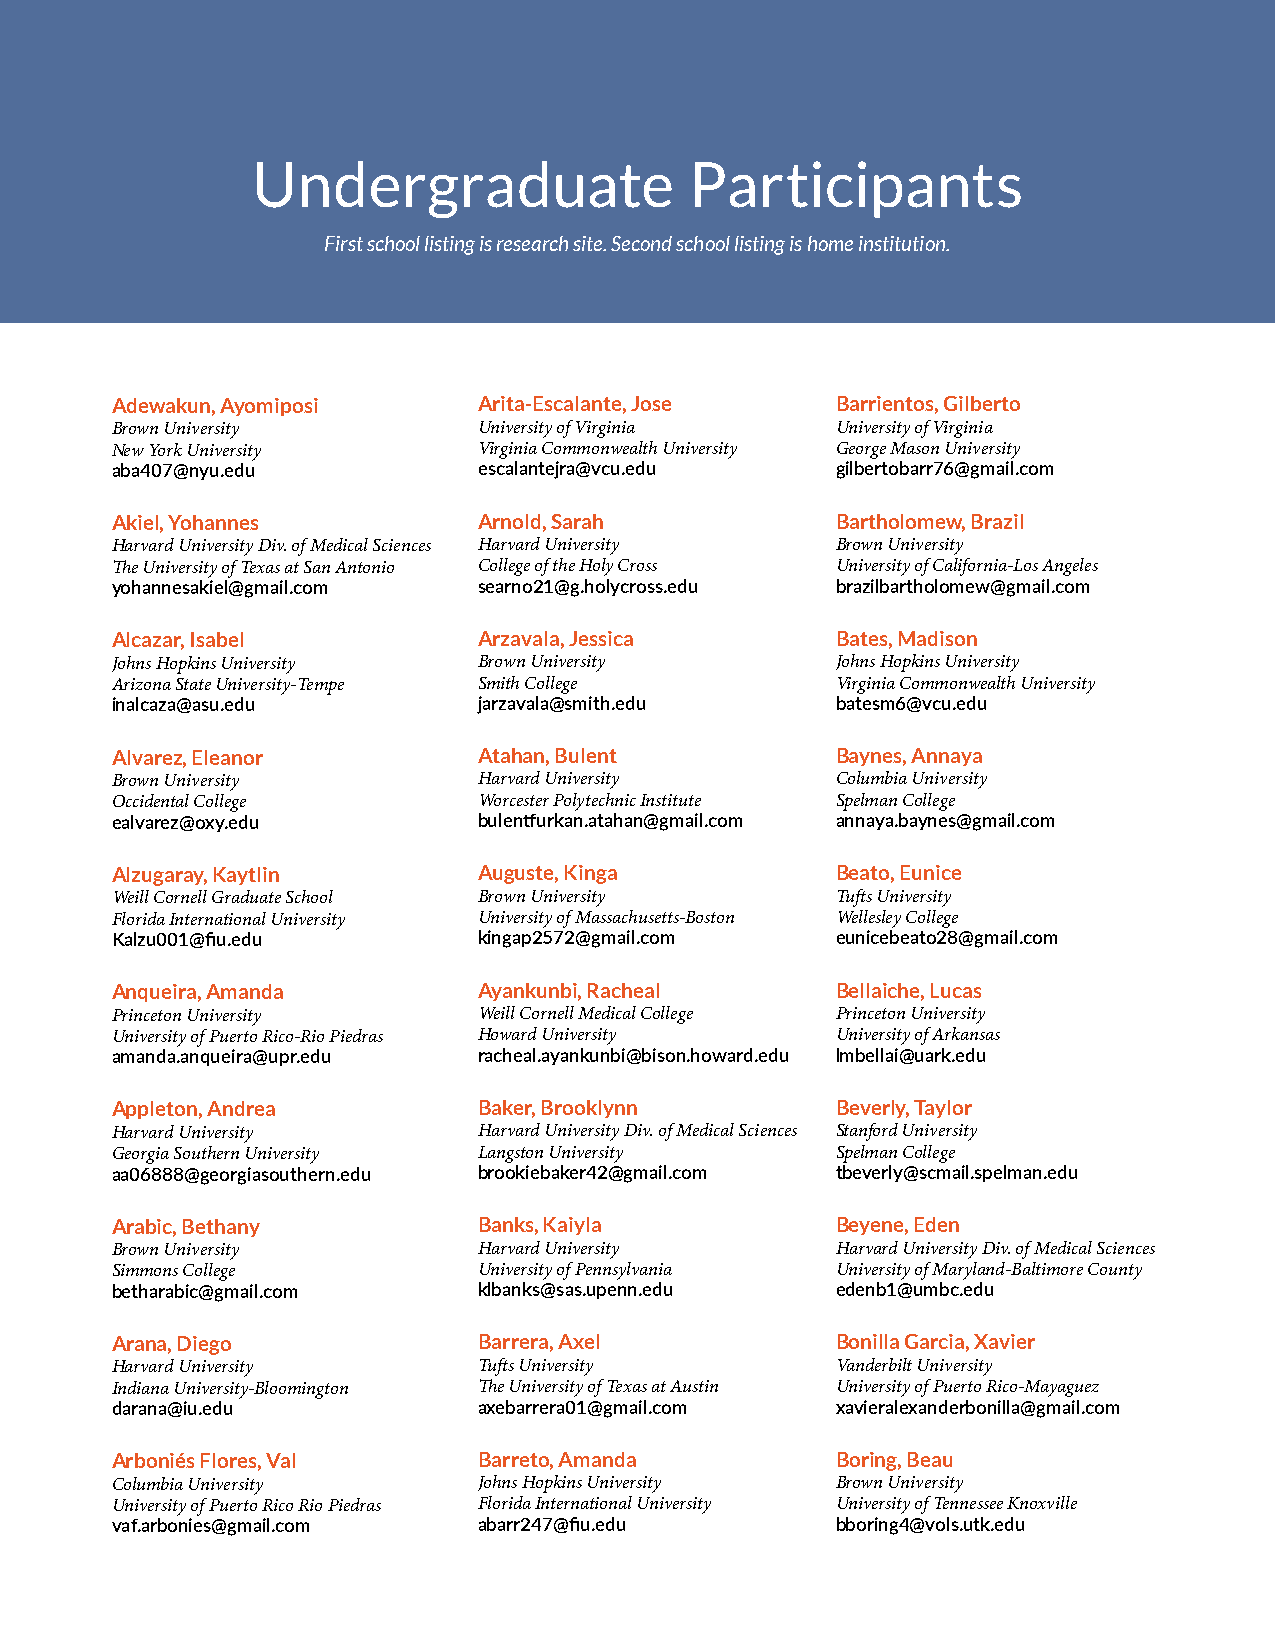
Undergraduate                Participants
 First school listing is research site. Second school listing is home institution.
 Adewakun, Ayomiposi      Arita-Escalante, Jose  Barrientos, Gilberto
 Brown University         University of Virginia University of Virginia
 New York University      Virginia Commonwealth University George Mason University
 aba407@nyu.edu           escalantejra@vcu.edu   gilbertobarr76@gmail.com
 Akiel, Yohannes          Arnold, Sarah          Bartholomew, Brazil
 Harvard University Div. of Medical Sciences Harvard University Brown University
 Te University of Texas at San Antonio College of the Holy Cross University of California-Los Angeles
 yohannesakiel@gmail.com  searno21@g.holycross.edu brazilbartholomew@gmail.com
 Alcazar, Isabel          Arzavala, Jessica      Bates, Madison
 Johns Hopkins University Brown University       Johns Hopkins University
 Arizona State University-Tempe Smith College    Virginia Commonwealth University
 inalcaza@asu.edu         jarzavala@smith.edu    batesm6@vcu.edu
 Alvarez, Eleanor         Atahan, Bulent         Baynes, Annaya
 Brown University         Harvard University     Columbia University
 Occidental College       Worcester Polytechnic Institute Spelman College
 ealvarez@oxy.edu         bulentfurkan.atahan@gmail.com annaya.baynes@gmail.com
 Alzugaray, Kaytlin       Auguste, Kinga         Beato, Eunice
 Weill Cornell Graduate School Brown University  Tufs University
 Florida International University University of Massachusetts-Boston Wellesley College
 Kalzu001@fiu.edu         kingap2572@gmail.com   eunicebeato28@gmail.com
 Anqueira, Amanda         Ayankunbi, Racheal     Bellaiche, Lucas
 Princeton University     Weill Cornell Medical College Princeton University
 University of Puerto Rico-Rio Piedras Howard University University of Arkansas
 amanda.anqueira@upr.edu  racheal.ayankunbi@bison.howard.edu lmbellai@uark.edu
 Appleton, Andrea         Baker, Brooklynn       Beverly, Taylor
 Harvard University       Harvard University Div. of Medical Sciences Stanford University
 Georgia Southern University Langston University Spelman College
 aa06888@georgiasouthern.edu brookiebaker42@gmail.com tbeverly@scmail.spelman.edu
 Arabic, Bethany          Banks, Kaiyla          Beyene, Eden
 Brown University         Harvard University     Harvard University Div. of Medical Sciences
 Simmons College          University of Pennsylvania University of Maryland-Baltimore County
 betharabic@gmail.com     klbanks@sas.upenn.edu  edenb1@umbc.edu
 Arana, Diego             Barrera, Axel          Bonilla Garcia, Xavier
 Harvard University       Tufs University        Vanderbilt University
 Indiana University-Bloomington Te University of Texas at Austin University of Puerto Rico-Mayaguez
 darana@iu.edu            axebarrera01@gmail.com xavieralexanderbonilla@gmail.com
 Arboniés Flores, Val     Barreto, Amanda        Boring, Beau
 Columbia University      Johns Hopkins University Brown University
 University of Puerto Rico Rio Piedras Florida International University University of Tennessee Knoxville
 vaf.arbonies@gmail.com   abarr247@fiu.edu       bboring4@vols.utk.edu